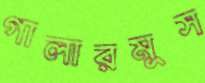
গালারমুস